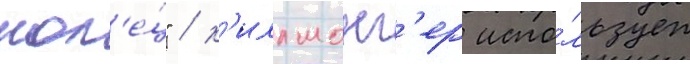
кол'е́ц" / к'иллмонг'ер испо́льзует